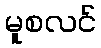
မူစလင်